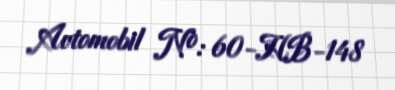
Avtomobil №: 60-HB-148